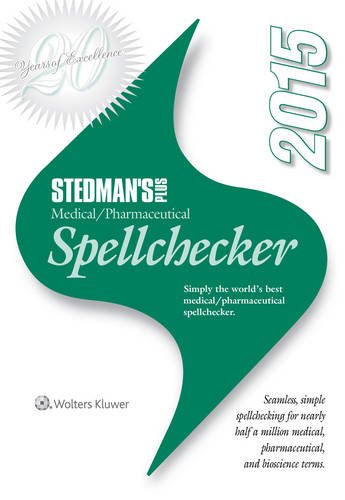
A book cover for Stedman's Plus 2015 Medical/Pharmaceutical Spellchecker (Standard); Stedman's; Medical Books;